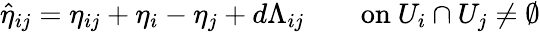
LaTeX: \hat{\eta}_{ij}=\eta_{ij}+\eta_{i}-\eta_{j}+d\Lambda_{ij}\qquad\mathrm{on~}U_{i}\cap{}U_{j}\neq\emptyset